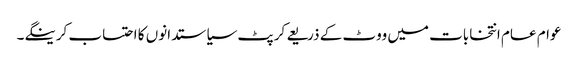
عوام عام انتخابات میں ووٹ کے ذریعے کرپٹ سیاستدانوں کا احتساب کرینگے۔